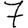
Digit: 7